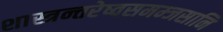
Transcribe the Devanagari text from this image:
शास्त्रन्तरेष्वसमम्जसानि